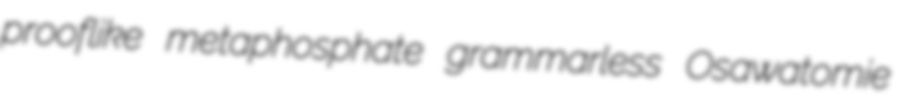
prooflike metaphosphate grammarless Osawatomie